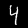
Label: 4